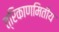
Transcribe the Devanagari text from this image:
त्रिकाणमितीय